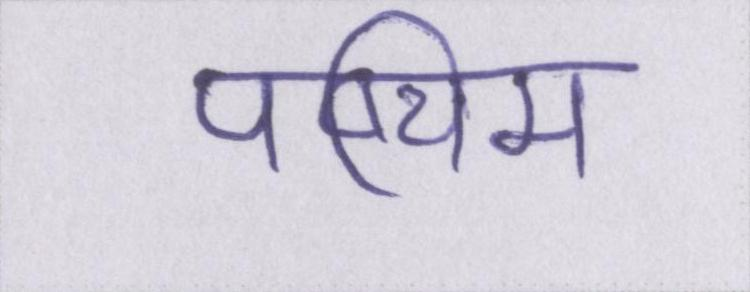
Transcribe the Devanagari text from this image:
पष्चिम